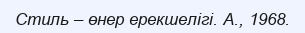
Стиль – өнер ерекшелігі. А., 1968.